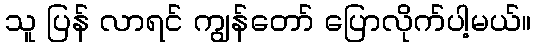
သူ ပြန် လာရင် ကျွန်တော် ပြောလိုက်ပါ့မယ်။